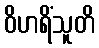
ဝိဟရိံသူတိ